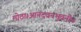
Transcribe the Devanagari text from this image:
मोठा।आनंदवनभुवनी।।